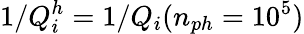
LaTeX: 1/Q_{i}^{h}=1/Q_{i}(n_{ph}=10^{5})